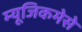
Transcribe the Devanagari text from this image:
म्यूजिकमेसे